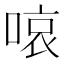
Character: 㗒